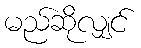
မည်ဆိုလျှင်